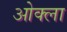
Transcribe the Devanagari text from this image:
ओक्ला